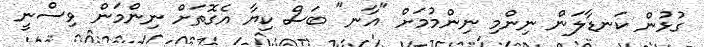
ގުޅުން ކަނޑާލަން ނިންމި ނިންމުމަށް "އާނ" ބަސް ކިޔާ އެގޮތަށް ނިންމަން ވިސްނީ